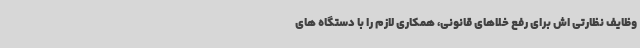
وظایف نظارتی اش برای رفع خلاهای قانونی، همکاری لازم را با دستگاه های